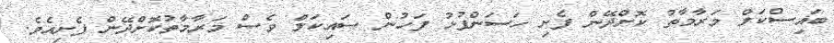
ބައިސްކަލް މަރާމާތު ކޮށްދޭން ފެށި ހަސަންފުޅު ފަހުން ސައިކަލް ވެސް މަރާމާތުކޮށްދޭން ފެށިއެވެ.